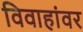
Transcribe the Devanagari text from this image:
विवाहांवर